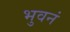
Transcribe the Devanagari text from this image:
भुवनं